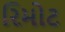
રિમોટ